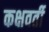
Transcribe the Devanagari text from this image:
कक्षवर्ती